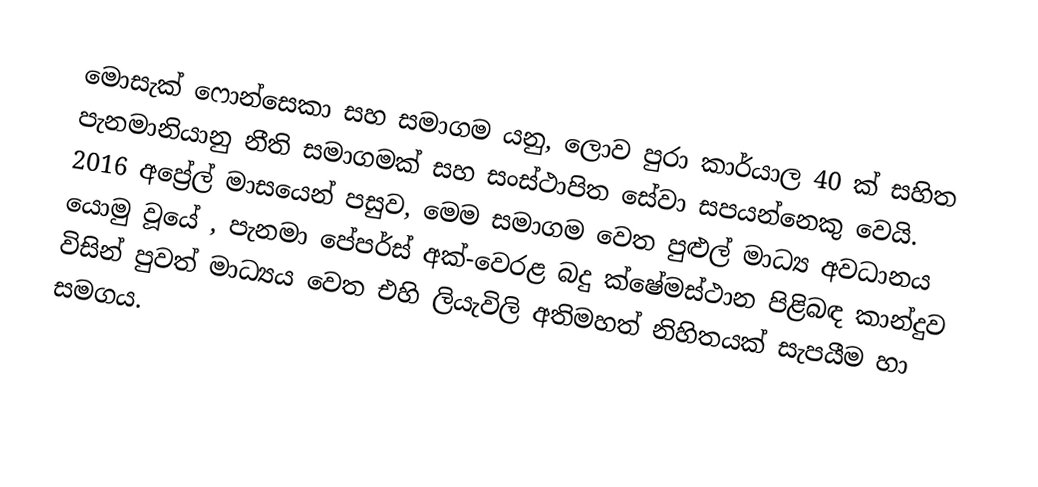
මොසැක් ෆොන්සෙකා සහ සමාගම යනු, ලොව පුරා කාර්යාල 40 ක් සහිත  පැනමානියානු නීති සමාගමක් සහ සංස්ථාපිත සේවා සපයන්නෙකු වෙයි. 2016  අප්‍රේල් මාසයෙන් පසුව, මෙම සමාගම වෙත පුළුල් මාධ්‍ය අවධානය යොමු වූයේ , පැනමා පේපර්ස් අක්-වෙරළ බදු ක්ෂේමස්ථාන පිළිබඳ කාන්දුව විසින් පුවත් මාධ්‍යය වෙත එහි ලියැවිලි අතිමහත් නිහිතයක් සැපයීම හා සමගය.